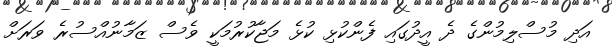
އަދި މުސްލިމުންގެ ދެ އީދުގައި ފެންކުޅި ކުޅެ މަޖާކުރުމަކީ ވެސް ޒަމާނުއްސުރެ ވަރަށް